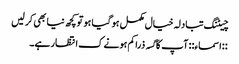
چیٹنگ تبادلہ خیال مکمل ہو گیا ہو تو کچھ نیا بھی کر لیں
::اسماء:: آپ کا گسہ ذرا کم ہونے ک انتظار ہے۔